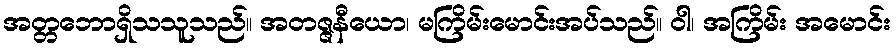
အတ္တဘောရှိသသူသည်။ အတဇ္ဇနီယော၊ မကြိမ်းမောင်းအပ်သည်။ ဝါ၊ အကြိမ်း အမောင်း